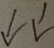
\downarrow \downarrow